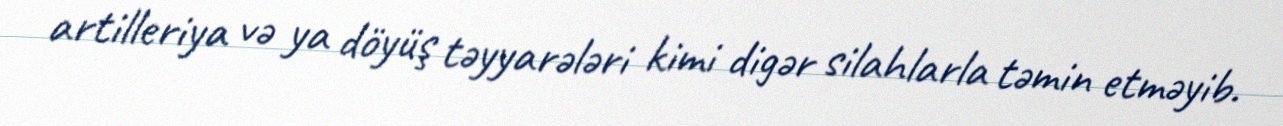
artilleriya və ya döyüş təyyarələri kimi digər silahlarla təmin etməyib.